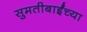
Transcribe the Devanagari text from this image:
सुमतीबाईंच्या